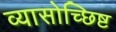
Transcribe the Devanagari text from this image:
व्यासोच्छिष्ट